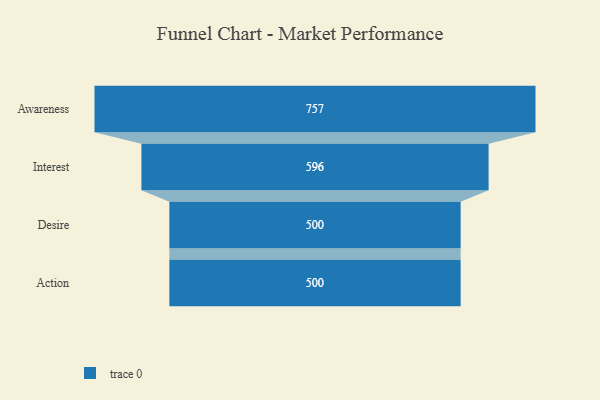
{"axis": {"x": "Stage", "y": "Value"}, "legend": [""], "data": [{"x": "Awareness", "y": 757.0, "type": ""}, {"x": "Interest", "y": 596.0, "type": ""}, {"x": "Desire", "y": 500, "type": ""}, {"x": "Action", "y": 500, "type": ""}]}